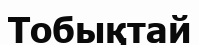
Тобықтай